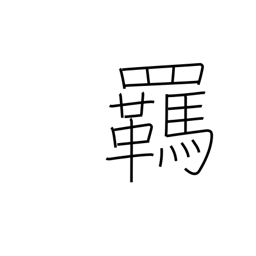
Meaning: reins